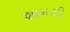
શામસી